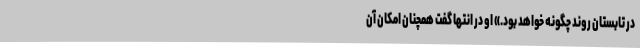
در تابستان روند چگونه خواهد بود.» او در انتها گفت همچنان امکان آن